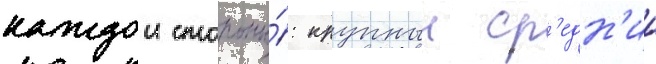
каждои стороны́: крупныи ср'едн'ии